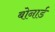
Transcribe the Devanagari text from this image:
बोनार्ड